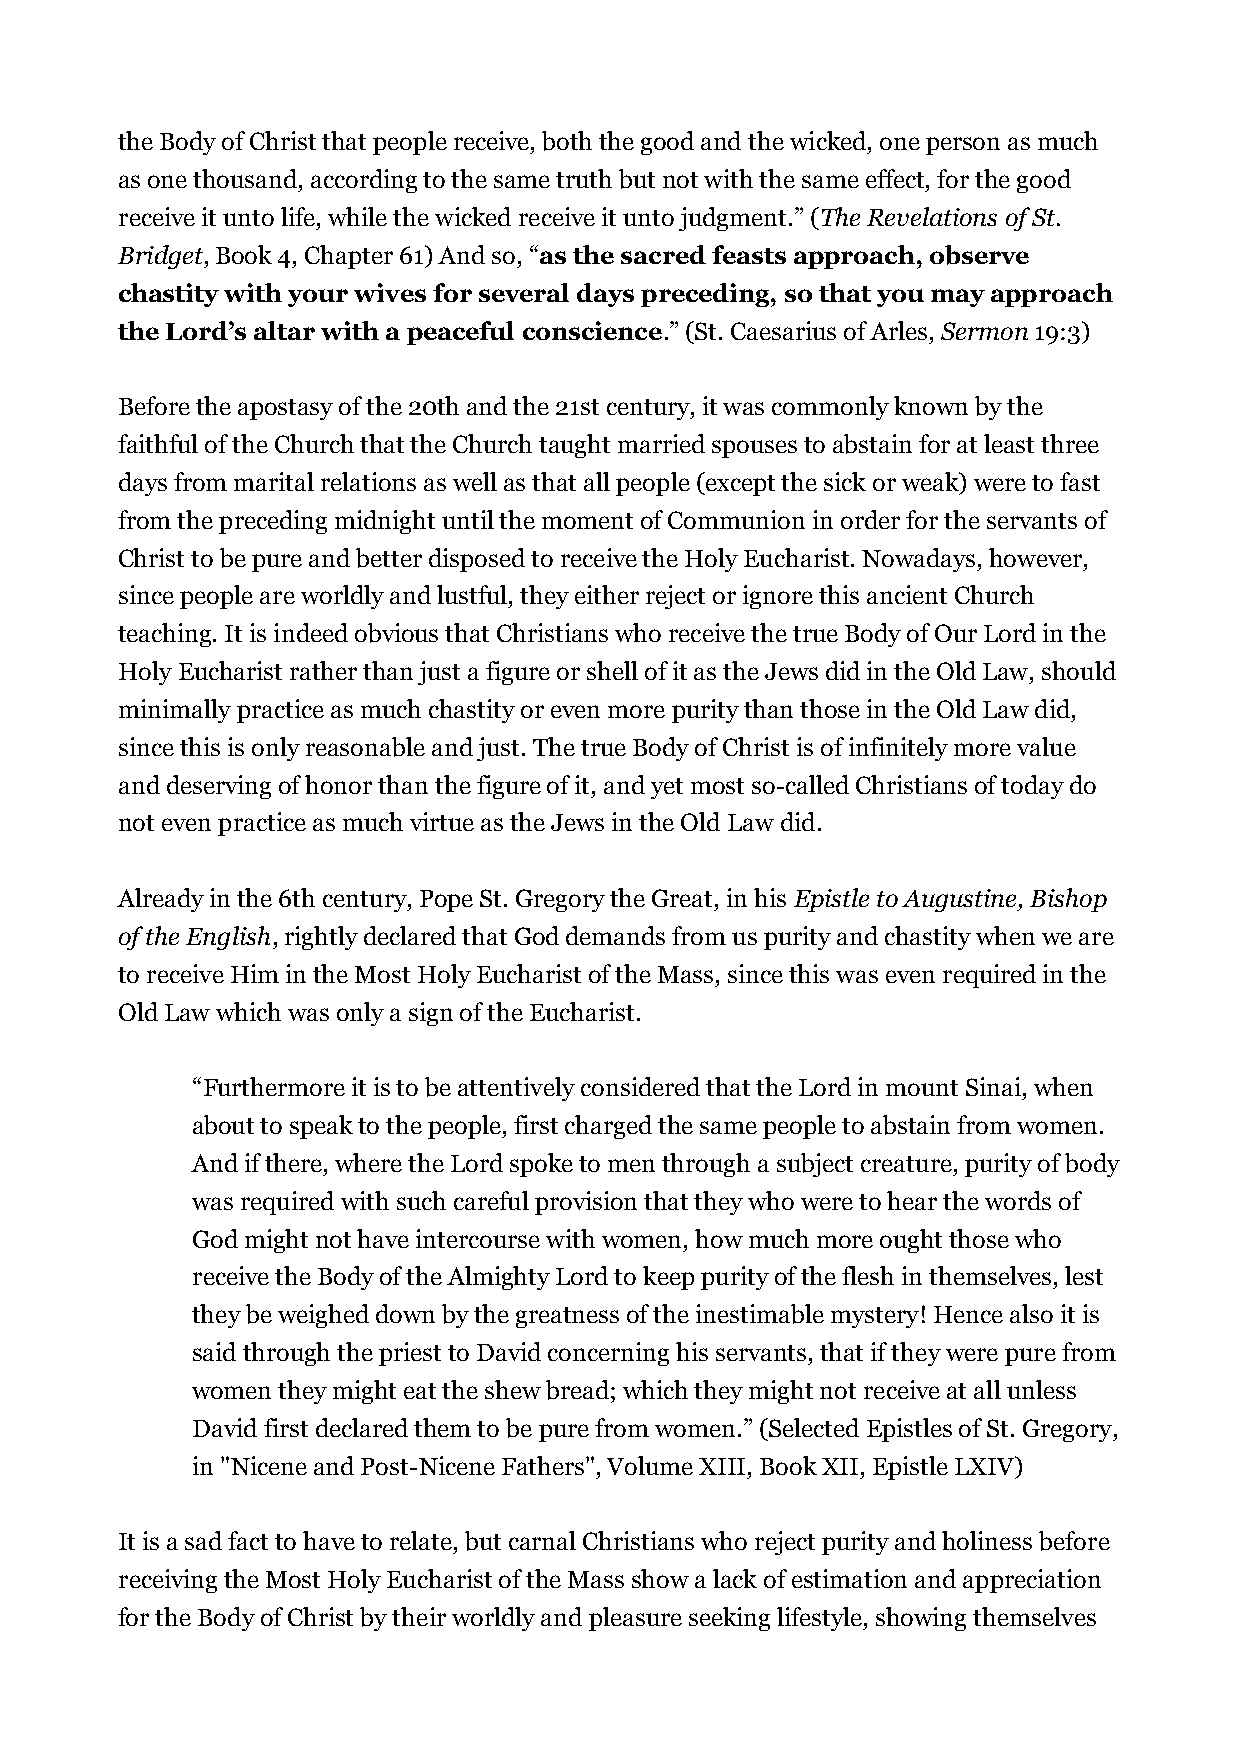
the Body of Christ that people receive, both the good and the wicked, one person as much
 as one thousand, according to the same truth but not with the same effect, for the good
 receive it unto life, while the wicked receive it unto judgment.” (The Revelations of St.
 Bridget, Book 4, Chapter 61) And so, “as the sacred feasts approach, observe
 chastity with your wives for several days preceding, so that you may approach
 the Lord’s altar with a peaceful conscience.” (St. Caesarius of Arles, Sermon 19:3)
 Before the apostasy of the 20th and the 21st century, it was commonly known by the
 faithful of the Church that the Church taught married spouses to abstain for at least three
 days from marital relations as well as that all people (except the sick or weak) were to fast
 from the preceding midnight until the moment of Communion in order for the servants of
 Christ to be pure and better disposed to receive the Holy Eucharist. Nowadays, however,
 since people are worldly and lustful, they either reject or ignore this ancient Church
 teaching. It is indeed obvious that Christians who receive the true Body of Our Lord in the
 Holy Eucharist rather than just a figure or shell of it as the Jews did in the Old Law, should
 minimally practice as much chastity or even more purity than those in the Old Law did,
 since this is only reasonable and just. The true Body of Christ is of infinitely more value
 and deserving of honor than the figure of it, and yet most so-called Christians of today do
 not even practice as much virtue as the Jews in the Old Law did.
 Already in the 6th century, Pope St. Gregory the Great, in his Epistle to Augustine, Bishop
 of the English, rightly declared that God demands from us purity and chastity when we are
 to receive Him in the Most Holy Eucharist of the Mass, since this was even required in the
 Old Law which was only a sign of the Eucharist.
 “Furthermore it is to be attentively considered that the Lord in mount Sinai, when
 about to speak to the people, first charged the same people to abstain from women.
 And if there, where the Lord spoke to men through a subject creature, purity of body
 was required with such careful provision that they who were to hear the words of
 God might not have intercourse with women, how much more ought those who
 receive the Body of the Almighty Lord to keep purity of the flesh in themselves, lest
 they be weighed down by the greatness of the inestimable mystery! Hence also it is
 said through the priest to David concerning his servants, that if they were pure from
 women they might eat the shew bread; which they might not receive at all unless
 David first declared them to be pure from women.” (Selected Epistles of St. Gregory,
 in "Nicene and Post-Nicene Fathers", Volume XIII, Book XII, Epistle LXIV)
 It is a sad fact to have to relate, but carnal Christians who reject purity and holiness before
 receiving the Most Holy Eucharist of the Mass show a lack of estimation and appreciation
 for the Body of Christ by their worldly and pleasure seeking lifestyle, showing themselves